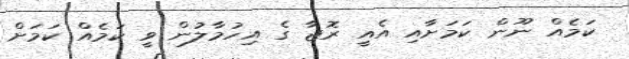
ކަމެއް ނޫން ކަމަށާއި އެއީ ރޮޖާ ގެ އިހުމާލުން ވީ ކަމެއް ކަމަށް